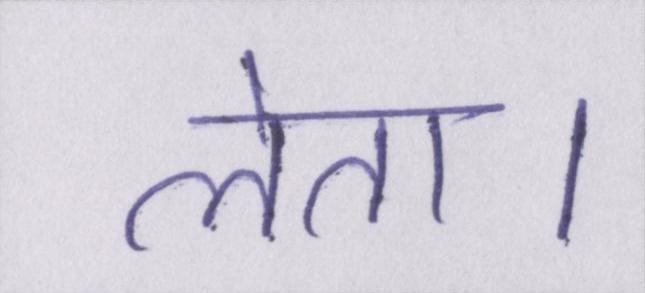
लेता।